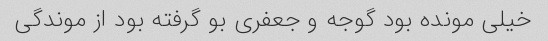
خیلى مونده بود گوجه و جعفرى بو گرفته بود از موندگى